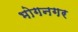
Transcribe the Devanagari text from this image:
भोगनगर